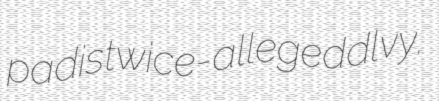
padis twice-alleged dlvy.